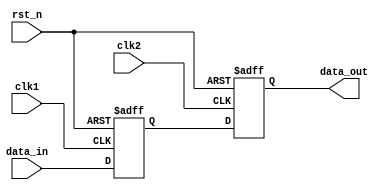
module master_slave_ff_synchronizer (
    input wire       clk1,        // Input clock for the master flip-flop
    input wire       clk2,        // Input clock for the slave flip-flop
    input wire       rst_n,       // Active low reset
    input wire       data_in,     // Input data to be synchronized
    output reg      data_out      // Synchronized output data
);

    // Internal signal for the master flip-flop output
    reg master_ff;

    // Master Flip-Flop: Captures on the rising edge of clk1
    always @(posedge clk1 or negedge rst_n) begin
        if (!rst_n) begin
            master_ff <= 1'b0;  // Reset the master flip-flop
        end else begin
            master_ff <= data_in;  // Capture data
        end
    end

    // Slave Flip-Flop: Captures on the rising edge of clk2
    always @(posedge clk2 or negedge rst_n) begin
        if (!rst_n) begin
            data_out <= 1'b0;  // Reset the output data
        end else begin
            data_out <= master_ff;  // Output the synchronized data
        end
    end

endmodule